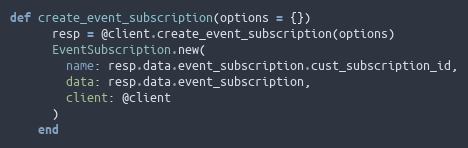
Language: Ruby
def create_event_subscription(options = {})
      resp = @client.create_event_subscription(options)
      EventSubscription.new(
        name: resp.data.event_subscription.cust_subscription_id,
        data: resp.data.event_subscription,
        client: @client
      )
    end